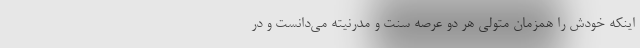
اينكه خودش را همزمان متولي هر دو عرصه سنت و مدرنيته مي‌دانست و در